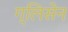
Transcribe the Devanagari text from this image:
ग्लिसेन